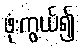
ဖုံးကွယ်၍